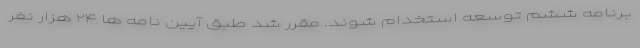
برنامه ششم توسعه استخدام شوند. مقرر شد طبق آیین نامه ها ۲۴ هزار نفر